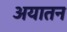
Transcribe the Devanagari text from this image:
अयातन